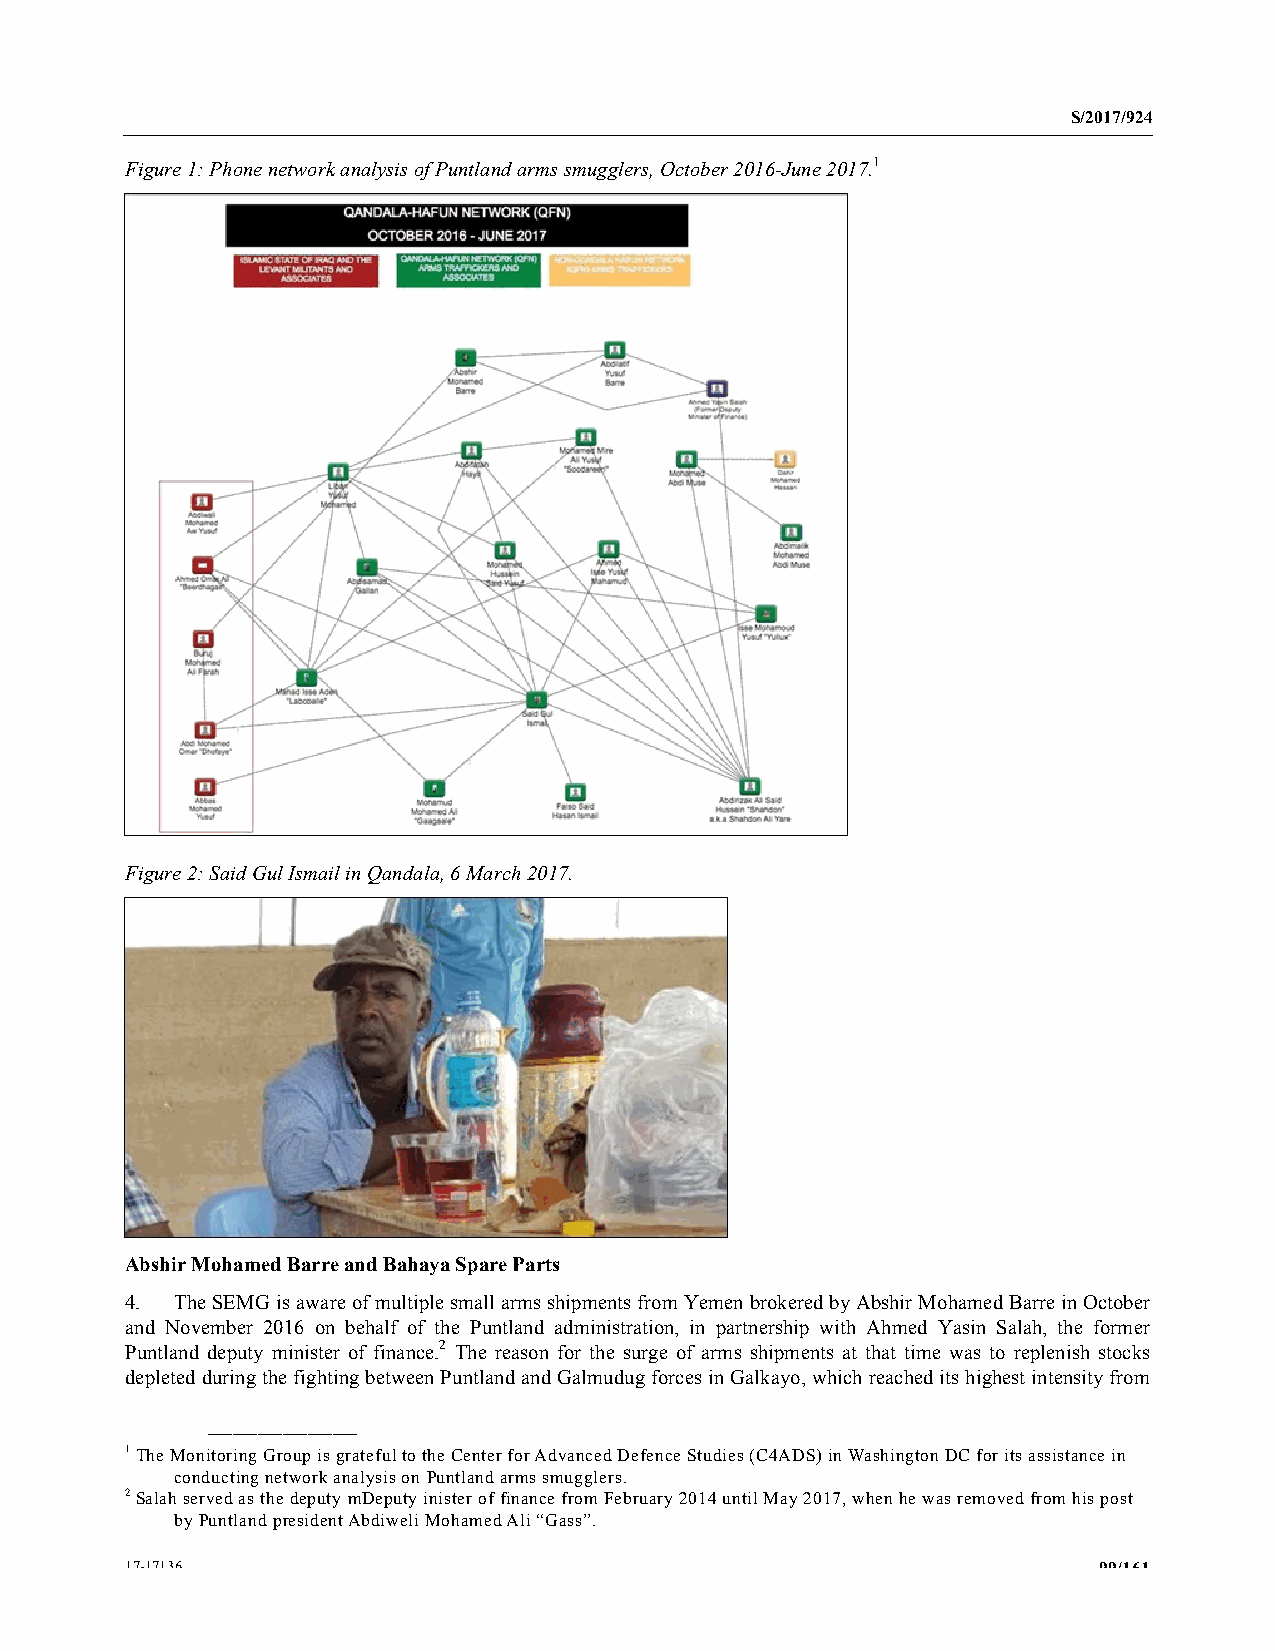
S/2017/924
 Figure 1: Phone network analysis of Puntland arms smugglers, October 2016-June 2017.1
 Figure 2: Said Gul Ismail in Qandala, 6 March 2017.
 Abshir Mohamed Barre and Bahaya Spare Parts
 4.  The SEMG is aware of multiple small arms shipments from Yemen brokered by Abshir Mohamed Barre in October
 and November 2016 on behalf of the Puntland administration, in partnership with Ahmed Yasin Salah, the former
 Puntland deputy minister of finance.2 The reason for the surge of arms shipments at that time was to replenish stocks
 depleted during the fighting between Puntland and Galmudug forces in Galkayo, which reached its highest intensity from
 __________________
 1 The Monitoring Group is grateful to the Center for Advanced Defence Studies (C4ADS) in Washington DC for its assistance in
 conducting network analysis on Puntland arms smugglers.
 2 Salah served as the deputy mDeputy inister of finance from February 2014 until May 2017, when he was removed from his post
 by Puntland president Abdiweli Mohamed Ali “Gass”.
 17-17136                                                         99/161